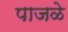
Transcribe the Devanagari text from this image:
पाजळे